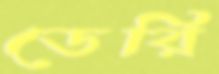
ডেরি